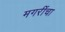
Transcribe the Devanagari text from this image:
मगरींचा